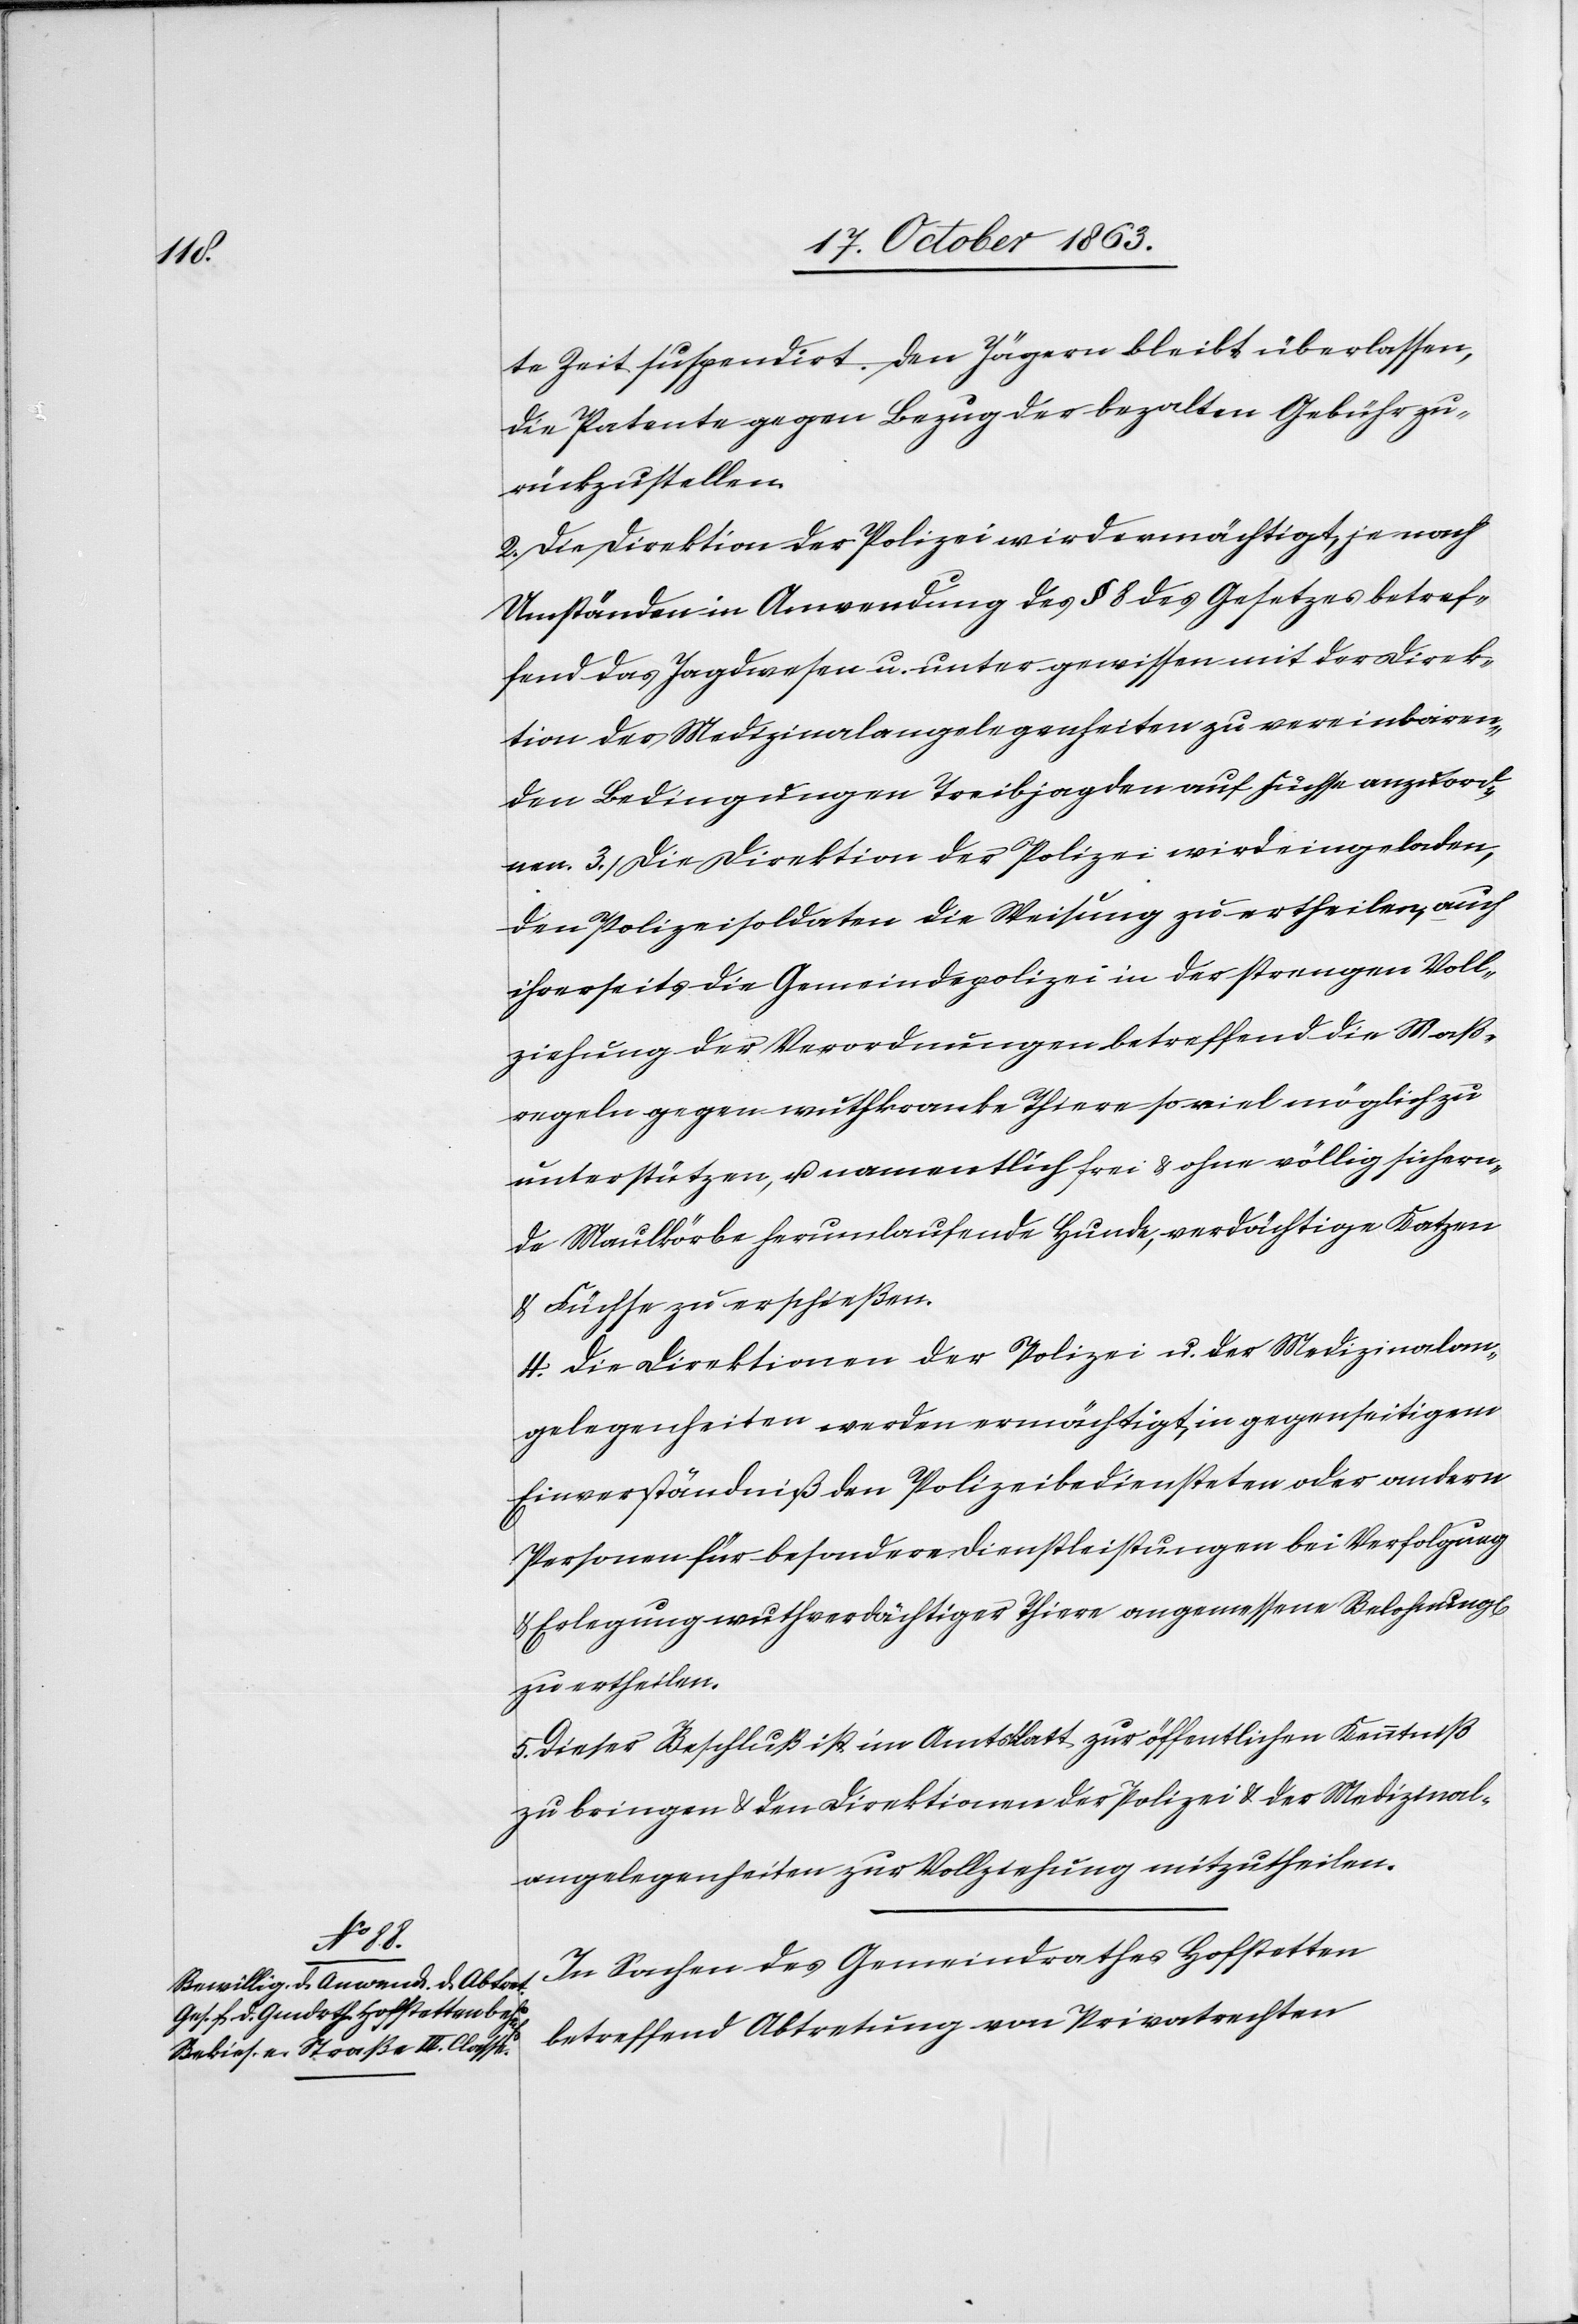
nen.

te Zeit suspendirt. Den Jägern bleibt überlassen,
die Patente gegen Bezug der bezalten Gebühr zu¬
rückzustellen.
2. Die Direktion der Polizei wird ermächtigt, je nach
Umständen in Anwendung des § 8 des Gesetzes betref¬
fend das Jagdwesen u. unter gewissen mit der Direk¬
tion der Medizinalangelegenheiten zu vereinbaren¬
den Bedingungen Treibjagden auf Füchse anzuord¬
3. Die Direktion der Polizei wird eingeladen,
den Polizeisoldaten die Weisung zu ertheilen, auch
ihrerseits die Gemeindepolizei in der strengen Voll¬
ziehung der Verordnungen betreffend die Maß¬
regeln gegen wuthkranke Thiere so viel möglich zu
unterstützen, u. namentlich frei & ohne völlig sichern¬
de Maulkörbe herumlaufende Hunde, verdächtige Katzen
& Füchse zu erschießen.
4. Die Direktionen der Polizei u. der Medizinalan¬
gelegenheiten werden ermächtigt, in gegenseitigem
Einverständniß den Polizeibediensteten oder andern
Personen für besondere Dienstleistungen bei Verfolgung
& Erlegung wuthverdächtiger Thiere angemessene Belohnung[en]
zu ertheilen.
5. Dieser Beschluß ist im Amtsblatt zur öffentlichen Kenntniß
zu bringen & den Direktionen der Polizei & der Medizinal¬
angelegenheiten zur Vollziehung mitzutheilen.
In Sachen des Gemeindrathes Hofstetten
betreffend Abtretung von Privatrechten